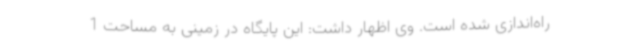
راه‌اندازی شده است. وی اظهار داشت: این پایگاه در زمینی به مساحت 1